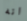
انه